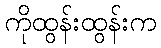
ကိုထွန်းထွန်းက